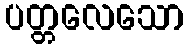
ပတ္တလေသော